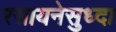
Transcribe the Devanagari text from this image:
रसायनेसुध्दा